Lunatic asylums United Provinces 1909-1921 - 1909-1921
Year: 1909
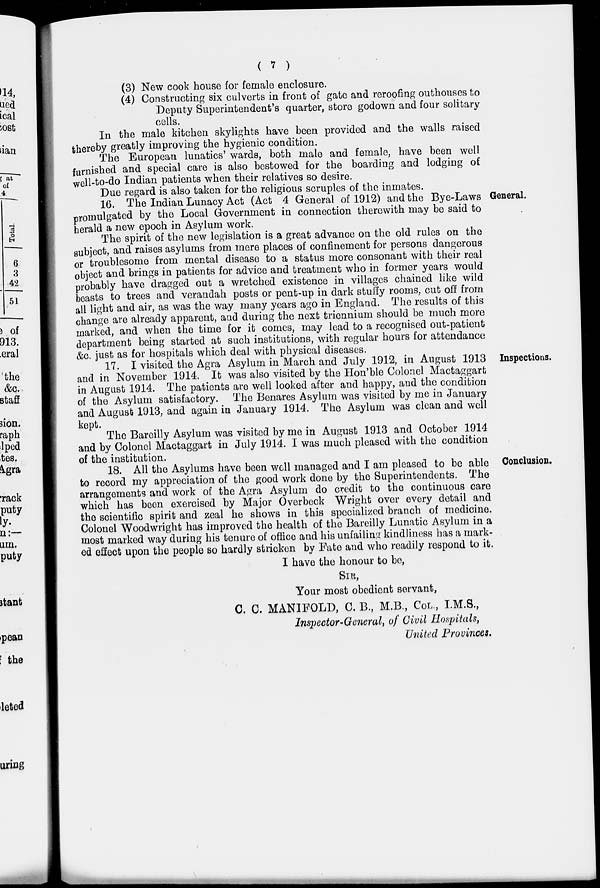
( 7 )
(3) New cook house for female enclosure.
(4) Constructing six culverts in front of gate and reroofing outhouses to
Deputy Superintendent's quarter, store godown and four solitary
cells.
In the male kitchen skylights have been provided and the walls raised
thereby greatly improving the hygienic condition.
The European lunatics' wards, both male and female, have been well
furnished and special care is also bestowed for the boarding and lodging of
well-to-do Indian patients when their relatives so desire.
Due regard is also taken for the religious scruples of the inmates.
General.
16. The Indian Lunacy Act (Act 4 General of 1912) and the Bye-Laws
promulgated by the Local Government in connection therewith may be said to
herald a new epoch in Asylum work.
The spirit of the new legislation is a great advance on the old rules on the
subject, and raises asylums from mere places of confinement for persons dangerous
or troublesome from mental disease to a status more consonant with their real
object and brings in patients for advice and treatment who in former years would
probably have dragged out a wretched existence in villages chained like wild
beasts to trees and verandah posts or pent-up in dark stuffy rooms, cut off from
all light and air, as was the way many years ago in England. The results of this
change are already apparent, and during the next triennium should be much more
marked, and when the time for it comes, may lead to a recognised out-patient
department being started at such institutions, with regular hours for attendance
&c. just as for hospitals which deal with physical diseases.
Inspections.
17. I visited the Agra Asylum in March and July 1912, in August 1913
and in November 1914. It was also visited by the Hon'ble Colonel Mactaggart
in August 1914. The patients are well looked after and happy, and the condition
of the Asylum satisfactory. The Benares Asylum was visited by me in January
and August 1913, and again in January 1914. The Asylum was clean and well
kept.
The Bareilly Asylum was visited by me in August 1913 and October 1914
and by Colonel Mactaggart in July 1914. I was much pleased with the condition
of the institution.
Conclusion.
18. All the Asylums have been well managed and I am pleased to be able
to record my appreciation of the good work done by the Superintendents. The
arrangements and work of the Agra Asylum do credit to the continuous care
which has been exercised by Major Overbeck Wright over every detail and
the scientific spirit and zeal he shows in this specialized branch of medicine.
Colonel Woodwright has improved the health of the Bareilly Lunatic Asylum in a
most marked way during his tenure of office and his unfailing kindliness has a mark-
ed effect upon the people so hardly stricken by Fate and who readily respond to it.
I have the honour to be,
SIR,
Your most obedient servant,
C. C. MANIFOLD, C. B., M.B., COL., I.M.S.,
Inspector-General, of Civil Hospitals,
United Provinces.